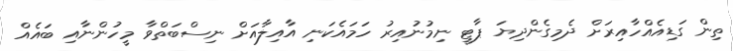
ތިން ގަޑިއެއްހާއިރަށް ދެމިގެންދިޔަ ޕާޓީ ނިމުނުއިރު ހަމައެކަނި އާއިލާއަށް ނިސްބަތްވާ މީހުންނާއި ބައެއް